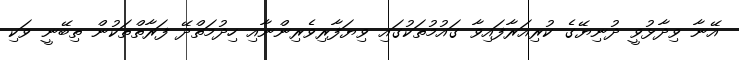
އޭނާ ވިދާޅުވީ ދުނިޔޭގެ ކުރިއަރާފައިވާ ގައުމުތަކުގައި ވިޔަފާރިވެރިންނާއި ހިދުމަތްދޭ ފަރާތްތަކުން ތިބޭނީ ވަކި